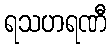
ရသဟရဏီ